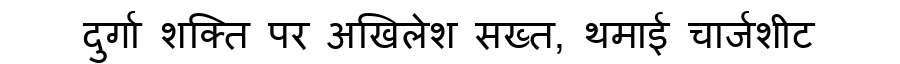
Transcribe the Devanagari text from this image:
दुर्गा शक्ति पर अखिलेश सख्त, थमाई चार्जशीट